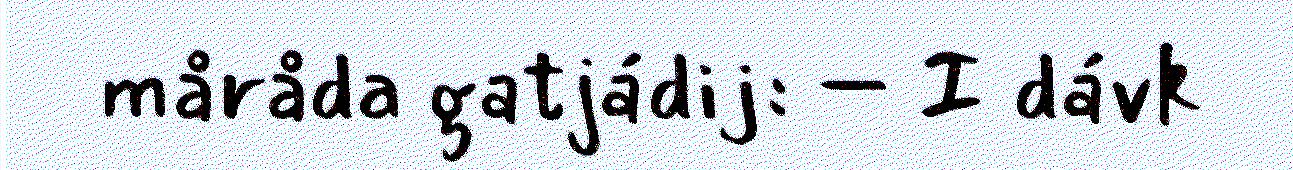
måråda gatjádij: – I dávk